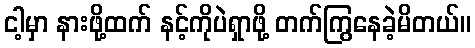
ငါ့မှာ နားဖို့ထက် နင့်ကိုပဲရှာဖို့ တက်ကြွနေခဲ့မိတယ်။